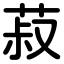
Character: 菽